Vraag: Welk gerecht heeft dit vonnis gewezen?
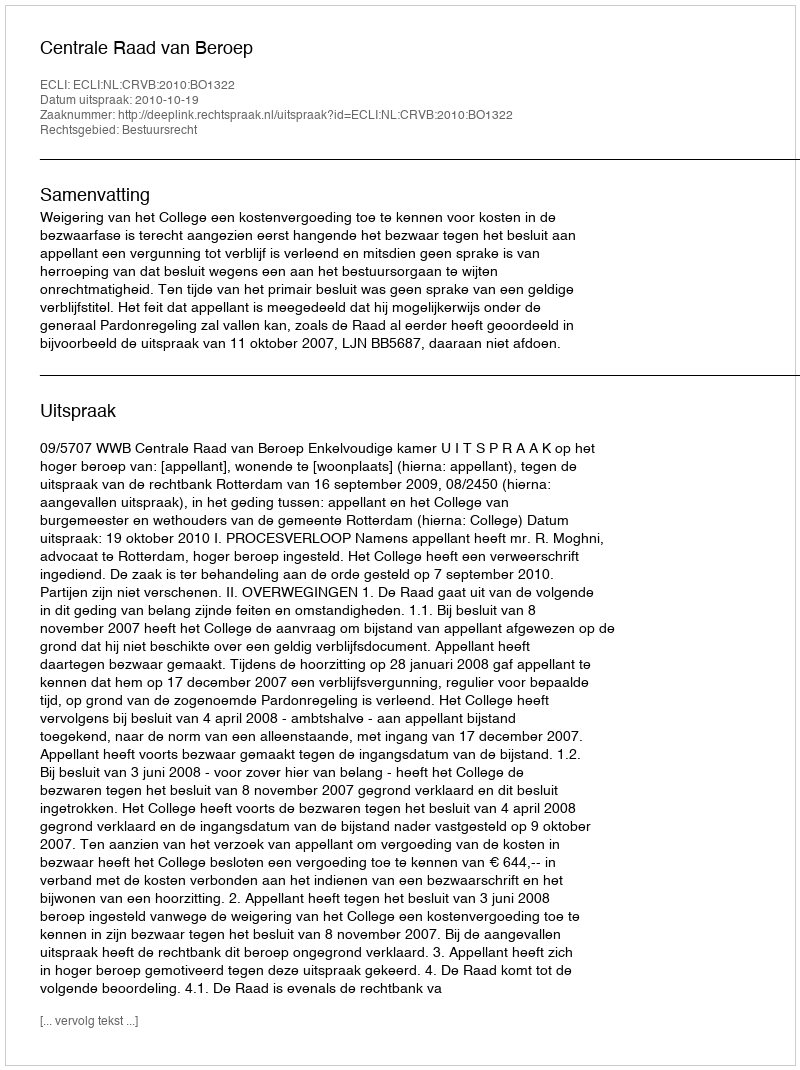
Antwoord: Centrale Raad van Beroep